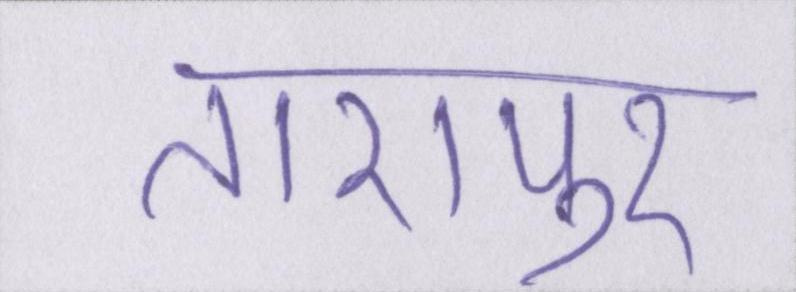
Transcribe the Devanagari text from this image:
तारापुर